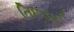
તિછડાઈ